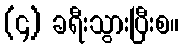
(၄) ခရီးသွားပြီးစ။